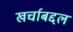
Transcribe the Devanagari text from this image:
खर्चाबद्दल